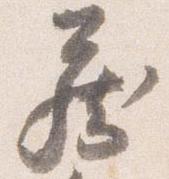
蔵